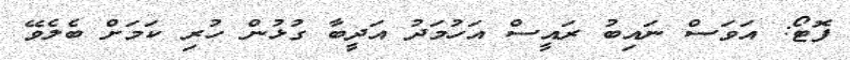
ފޮޓޯ: އަވަސް ނައިބު ރައީސް އަހުމަދު އަދީބާ ގުޅުން ހުރި ކަމަށް ބެލެވޭ